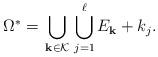
LaTeX: \begin{align*}\displaystyle \Omega^*= \bigcup_{\begin{smallmatrix} {\bf{k}} \in \mathcal{K} \end{smallmatrix}} \bigcup_{j=1}^{\ell} E_{\bf{k}} +k_j.\end{align*}